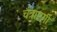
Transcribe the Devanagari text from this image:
चैत्राष्टमी